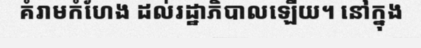
គំរាមកំហែង ដល់រដ្ឋាភិបាលឡើយ។ នៅក្នុង